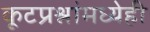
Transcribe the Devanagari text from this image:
कूटप्रश्नांमध्येही